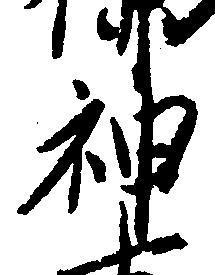
神